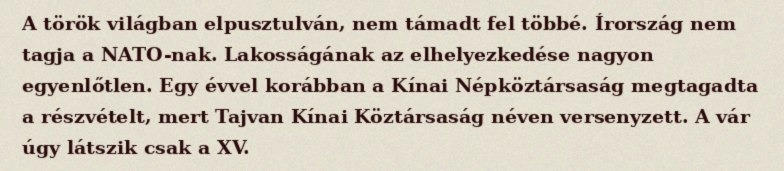
A török világban elpusztulván, nem támadt fel többé. Írország nem tagja a NATO-nak. Lakosságának az elhelyezkedése nagyon egyenlőtlen. Egy évvel korábban a Kínai Népköztársaság megtagadta a részvételt, mert Tajvan Kínai Köztársaság néven versenyzett. A vár úgy látszik csak a XV.